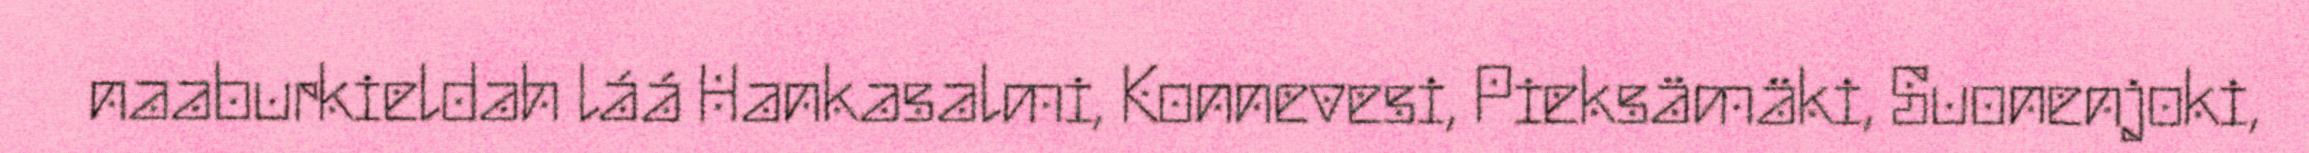
naaburkieldah láá Hankasalmi, Konnevesi, Pieksämäki, Suonenjoki,